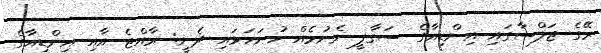
ރޭގެ ޖަލްސާގައި އިންޑިއާގެ ސަގާފީ ނެށުމެއް ހުށަހަޅައި ދެނީ: ރާއްޖެ އާއި އިންޑިއާގެ